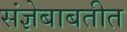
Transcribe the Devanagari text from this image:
संज्ञेबाबतीत